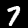
Digit: 7